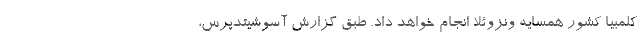
کلمبیا کشور همسایه ونزوئلا انجام خواهد داد. طبق گزارش آسوشیتدپرس،